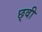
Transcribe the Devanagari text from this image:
छ्वी